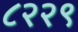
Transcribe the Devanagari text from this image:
८२२९